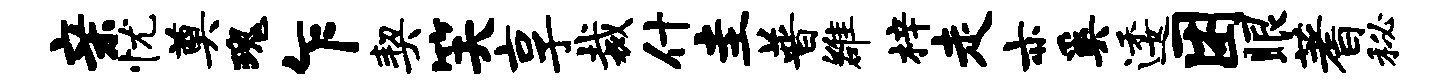
亲忧奠瑰乍契笑享裁什圭普雒梓走亦奚逶困眼蓍秘